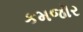
કમજૉર